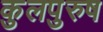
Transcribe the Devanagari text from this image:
कुलपुरुष